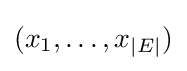
(x_{1},\dots ,x_{|E|})